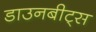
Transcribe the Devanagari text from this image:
डाउनबीट्स